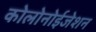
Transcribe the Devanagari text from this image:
कोलोनोईजेशन